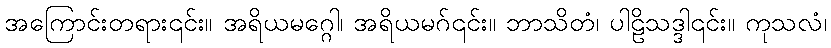
အကြောင်းတရား၎င်း။ အရိယမဂ္ဂေါ၊ အရိယမဂ်၎င်း။ ဘာသိတံ၊ ပါဠိသဒ္ဒါ၎င်း။ ကုသလံ၊